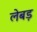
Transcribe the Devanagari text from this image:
लेबड़